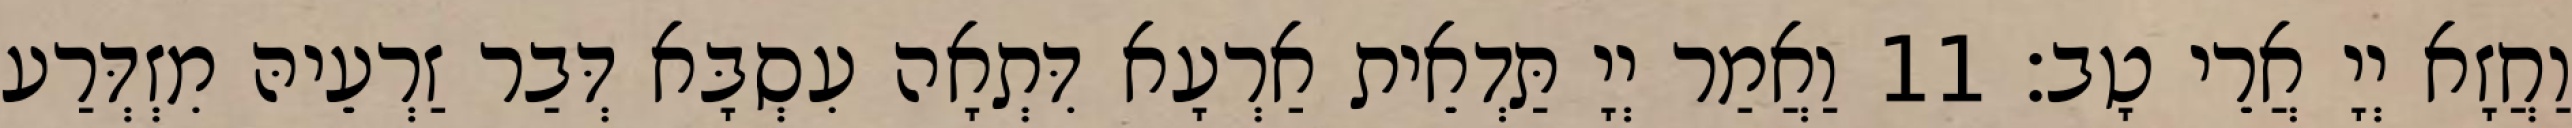
וַחֲזָא יְיָ אֲרֵי טָב׃ 11 וַאֲמַר יְיָ תַּדְאֵית אַרְעָא דִּתְאָה עִסְבָּא דְּבַר זַרְעֵיהּ מִזְדְּרַע